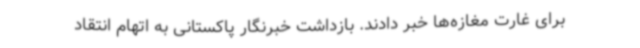
برای غارت مغازه‌ها خبر دادند. بازداشت خبرنگار پاکستانی به اتهام انتقاد